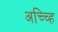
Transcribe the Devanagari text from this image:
अच्च्हि